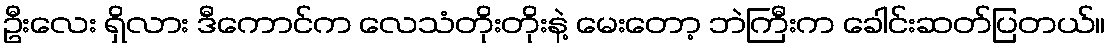
ဦးလေး ရှိလား ဒီကောင်က လေသံတိုးတိုးနဲ့ မေးတော့ ဘဲကြီးက ခေါင်းဆတ်ပြတယ်။